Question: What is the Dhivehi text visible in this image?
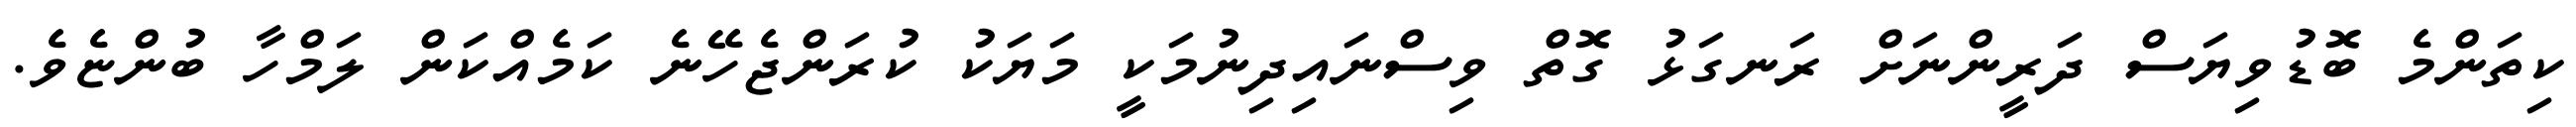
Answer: ކިތަންމެ ބޮޑުވިޔަސް ދަރީންނަށް ރަނގަޅު ގޮތް ވިސްނައިދިނުމަކީ މަޔަކު ކުރަންޖެހޭނެ ކަމެއްކަން ލަމްހާ ބުންޏެވެ.